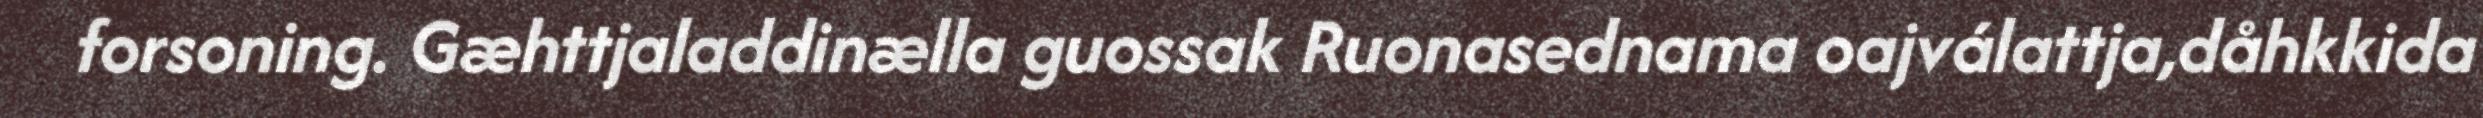
forsoning. Gæhttjaladdinælla guossak Ruonasednama oajválattja,dåhkkida